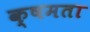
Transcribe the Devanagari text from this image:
क्षमता